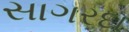
સાગરદા